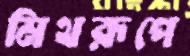
মিথরূপে